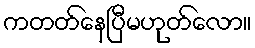
ကတတ်နေပြီမဟုတ်လော။